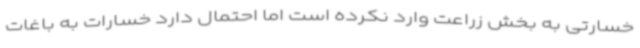
خسارتی به بخش زراعت وارد نکرده است اما احتمال دارد خسارات به باغات